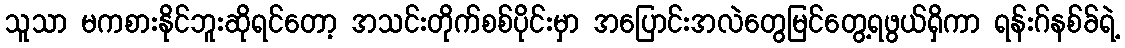
သူသာ မကစားနိုင်ဘူးဆိုရင်တော့ အသင်းတိုက်စစ်ပိုင်းမှာ အပြောင်းအလဲတွေမြင်တွေ့ရဖွယ်ရှိကာ ရန်းဂ်နစ်ခ်ရဲ့